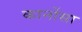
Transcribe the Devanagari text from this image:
कार्नोसा